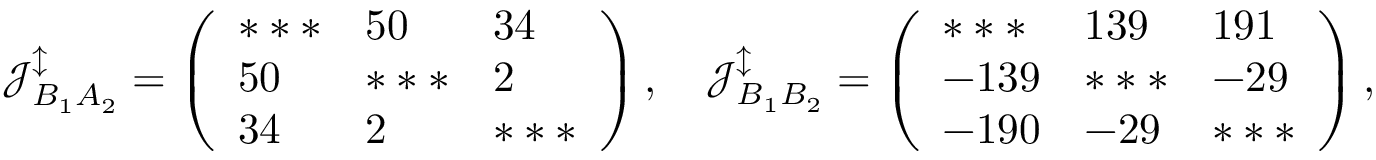
\mathcal { J } _ { B _ { 1 } A _ { 2 } } ^ { \updownarrow } = \left( \begin{array} { l l l } { * * * } & { 5 0 } & { 3 4 } \\ { 5 0 } & { * * * } & { 2 } \\ { 3 4 } & { 2 } & { * * * } \end{array} \right) , \quad \mathcal { J } _ { B _ { 1 } B _ { 2 } } ^ { \updownarrow } = \left( \begin{array} { l l l } { * * * } & { 1 3 9 } & { 1 9 1 } \\ { - 1 3 9 } & { * * * } & { - 2 9 } \\ { - 1 9 0 } & { - 2 9 } & { * * * } \end{array} \right) ,